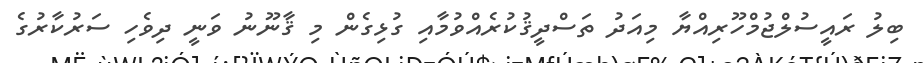
ބިލު ރައީސުލްޖުމްހޫރިއްޔާ މިއަދު ތަސްދީޤުކުރެއްވުމާއި ގުޅިގެން މި ޤާނޫނު ވަނީ ދިވެހި ސަރުކާރުގެ